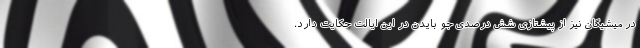
در میشیگان نیز از پیشتازی شش درصدی جو بایدن در این ایالت حکایت دارد.